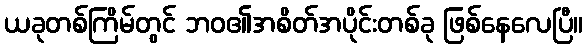
ယခုတစ်ကြိမ်တွင် ဘဝ၏အစိတ်အပိုင်းတစ်ခု ဖြစ်နေလေပြီ။